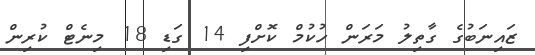
ޒައިނަބުގެ ގާތިލު މަރަން ހުކުމް ކޮށްފި 14 ގަޑި 18 މިނެޓް ކުރިން